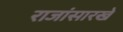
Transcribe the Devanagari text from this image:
राजांसारखे